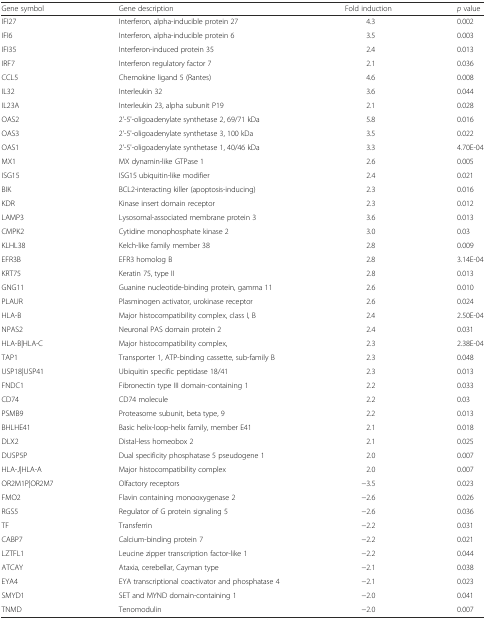
<table><thead><tr><td><b>Gene symbol</b></td><td><b>Gene description</b></td><td><b>Fold induction</b></td><td><b><i>p</i> value</b></td></tr></thead><tbody><tr><td>IFI27</td><td>Interferon, alpha-inducible protein 27</td><td>4.3</td><td>0.002</td></tr><tr><td>IFI6</td><td>Interferon, alpha-inducible protein 6</td><td>3.5</td><td>0.003</td></tr><tr><td>IFI35</td><td>Interferon-induced protein 35</td><td>2.4</td><td>0.013</td></tr><tr><td>IRF7</td><td>Interferon regulatory factor 7</td><td>2.1</td><td>0.036</td></tr><tr><td>CCL5</td><td>Chemokine ligand 5 (Rantes)</td><td>4.6</td><td>0.008</td></tr><tr><td>IL32</td><td>Interleukin 32</td><td>3.6</td><td>0.044</td></tr><tr><td>IL23A</td><td>Interleukin 23, alpha subunit P19</td><td>2.1</td><td>0.028</td></tr><tr><td>OAS2</td><td>2&#x27;-5&#x27;-oligoadenylate synthetase 2, 69/71 kDa</td><td>5.8</td><td>0.016</td></tr><tr><td>OAS3</td><td>2&#x27;-5&#x27;-oligoadenylate synthetase 3, 100 kDa</td><td>3.5</td><td>0.022</td></tr><tr><td>OAS1</td><td>2&#x27;-5&#x27;-oligoadenylate synthetase 1, 40/46 kDa</td><td>3.3</td><td>4.70E-04</td></tr><tr><td>MX1</td><td>MX dynamin-like GTPase 1</td><td>2.6</td><td>0.005</td></tr><tr><td>ISG15</td><td>ISG15 ubiquitin-like modifier</td><td>2.4</td><td>0.021</td></tr><tr><td>BIK</td><td>BCL2-interacting killer (apoptosis-inducing)</td><td>2.3</td><td>0.016</td></tr><tr><td>KDR</td><td>Kinase insert domain receptor</td><td>2.3</td><td>0.012</td></tr><tr><td>LAMP3</td><td>Lysosomal-associated membrane protein 3</td><td>3.6</td><td>0.013</td></tr><tr><td>CMPK2</td><td>Cytidine monophosphate kinase 2</td><td>3.0</td><td>0.03</td></tr><tr><td>KLHL38</td><td>Kelch-like family member 38</td><td>2.8</td><td>0.009</td></tr><tr><td>EFR3B</td><td>EFR3 homolog B</td><td>2.8</td><td>3.14E-04</td></tr><tr><td>KRT75</td><td>Keratin 75, type II</td><td>2.8</td><td>0.013</td></tr><tr><td>GNG11</td><td>Guanine nucleotide-binding protein, gamma 11</td><td>2.6</td><td>0.010</td></tr><tr><td>PLAUR</td><td>Plasminogen activator, urokinase receptor</td><td>2.6</td><td>0.024</td></tr><tr><td>HLA-B</td><td>Major histocompatibility complex, class I, B</td><td>2.4</td><td>2.50E-04</td></tr><tr><td>NPAS2</td><td>Neuronal PAS domain protein 2</td><td>2.4</td><td>0.031</td></tr><tr><td>HLA-B|HLA-C</td><td>Major histocompatibility complex,</td><td>2.3</td><td>2.38E-04</td></tr><tr><td>TAP1</td><td>Transporter 1, ATP-binding cassette, sub-family B</td><td>2.3</td><td>0.048</td></tr><tr><td>USP18|USP41</td><td>Ubiquitin specific peptidase 18/41</td><td>2.3</td><td>0.013</td></tr><tr><td>FNDC1</td><td>Fibronectin type III domain-containing 1</td><td>2.2</td><td>0.033</td></tr><tr><td>CD74</td><td>CD74 molecule</td><td>2.2</td><td>0.03</td></tr><tr><td>PSMB9</td><td>Proteasome subunit, beta type, 9</td><td>2.2</td><td>0.013</td></tr><tr><td>BHLHE41</td><td>Basic helix-loop-helix family, member E41</td><td>2.1</td><td>0.018</td></tr><tr><td>DLX2</td><td>Distal-less homeobox 2</td><td>2.1</td><td>0.025</td></tr><tr><td>DUSP5P</td><td>Dual specificity phosphatase 5 pseudogene 1</td><td>2.0</td><td>0.007</td></tr><tr><td>HLA-J|HLA-A</td><td>Major histocompatibility complex</td><td>2.0</td><td>0.007</td></tr><tr><td>OR2M1P|OR2M7</td><td>Olfactory receptors</td><td>−3.5</td><td>0.023</td></tr><tr><td>FMO2</td><td>Flavin containing monooxygenase 2</td><td>−2.6</td><td>0.026</td></tr><tr><td>RGS5</td><td>Regulator of G protein signaling 5</td><td>−2.6</td><td>0.036</td></tr><tr><td>TF</td><td>Transferrin</td><td>−2.2</td><td>0.031</td></tr><tr><td>CABP7</td><td>Calcium-binding protein 7</td><td>−2.2</td><td>0.021</td></tr><tr><td>LZTFL1</td><td>Leucine zipper transcription factor-like 1</td><td>−2.2</td><td>0.044</td></tr><tr><td>ATCAY</td><td>Ataxia, cerebellar, Cayman type</td><td>−2.1</td><td>0.038</td></tr><tr><td>EYA4</td><td>EYA transcriptional coactivator and phosphatase 4</td><td>−2.1</td><td>0.023</td></tr><tr><td>SMYD1</td><td>SET and MYND domain-containing 1</td><td>−2.0</td><td>0.041</td></tr><tr><td>TNMD</td><td>Tenomodulin</td><td>−2.0</td><td>0.007</td></tr></tbody></table>